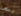
ربما